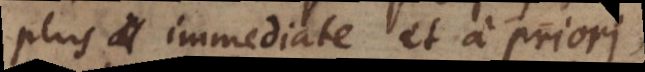
plus immediate et à priori,